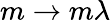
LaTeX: m\to m\lambda